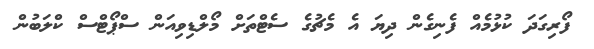
ފޯރިގަދަ ކުޅުމެއް ފެނިގެން ދިޔަ އެ މެޗުގެ ސެޓްތަށް މޯލްޑިވިއަން ސްޕޯޓްސް ކްލަބުން